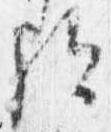
歟